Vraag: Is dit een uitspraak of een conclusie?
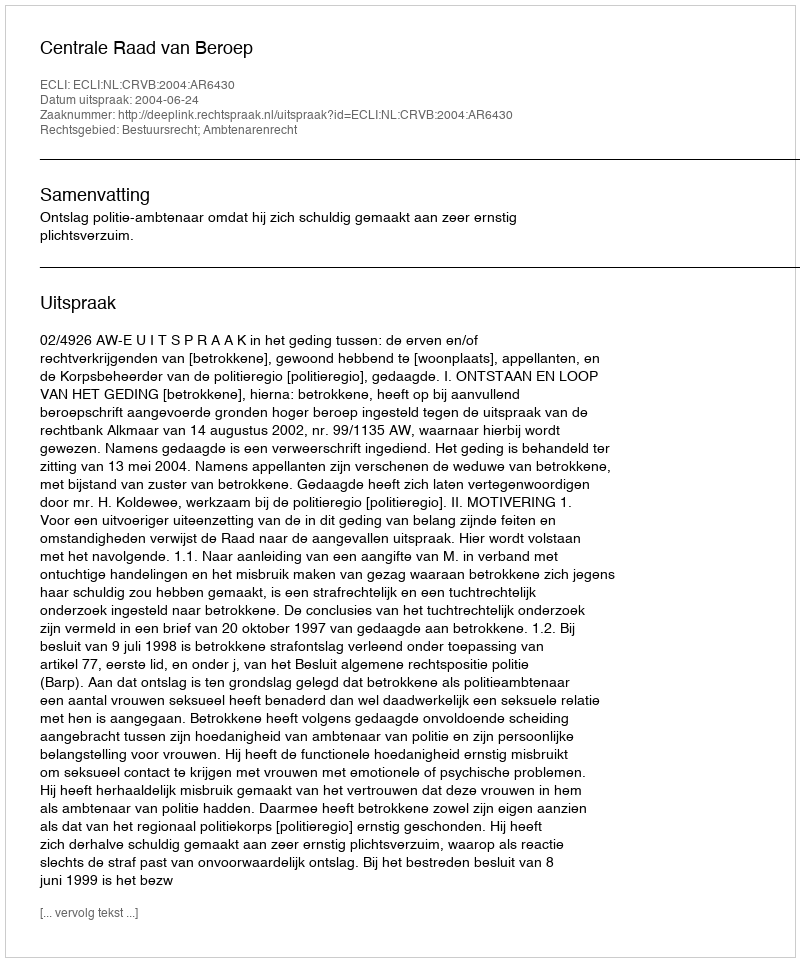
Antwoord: Uitspraak